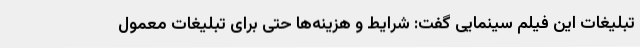
تبلیغات این فیلم سینمایی گفت: شرایط و هزینه‌ها حتی برای تبلیغات معمول